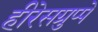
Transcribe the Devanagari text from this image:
हीरेसग्रुप्पे